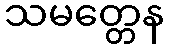
သမတ္တေန